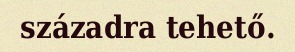
századra tehető.